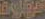
الهاوية